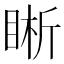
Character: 𥇦